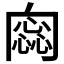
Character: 𠕫